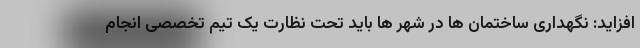
افزاید: نگهداری ساختمان ها در شهر ها باید تحت نظارت یک تیم تخصصی انجام